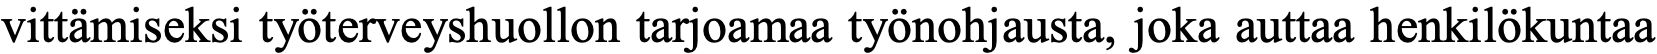
vittämiseksi työterveyshuollon tarjoamaa työnohjausta, joka auttaa henkilökuntaa